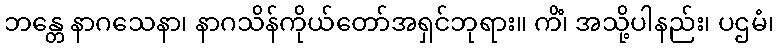
ဘန္တေ နာဂသေနာ၊ နာဂသိန်ကိုယ်တော်အရှင်ဘုရား။ ကိံ၊ အသို့ပါနည်း၊ ပဌမံ၊